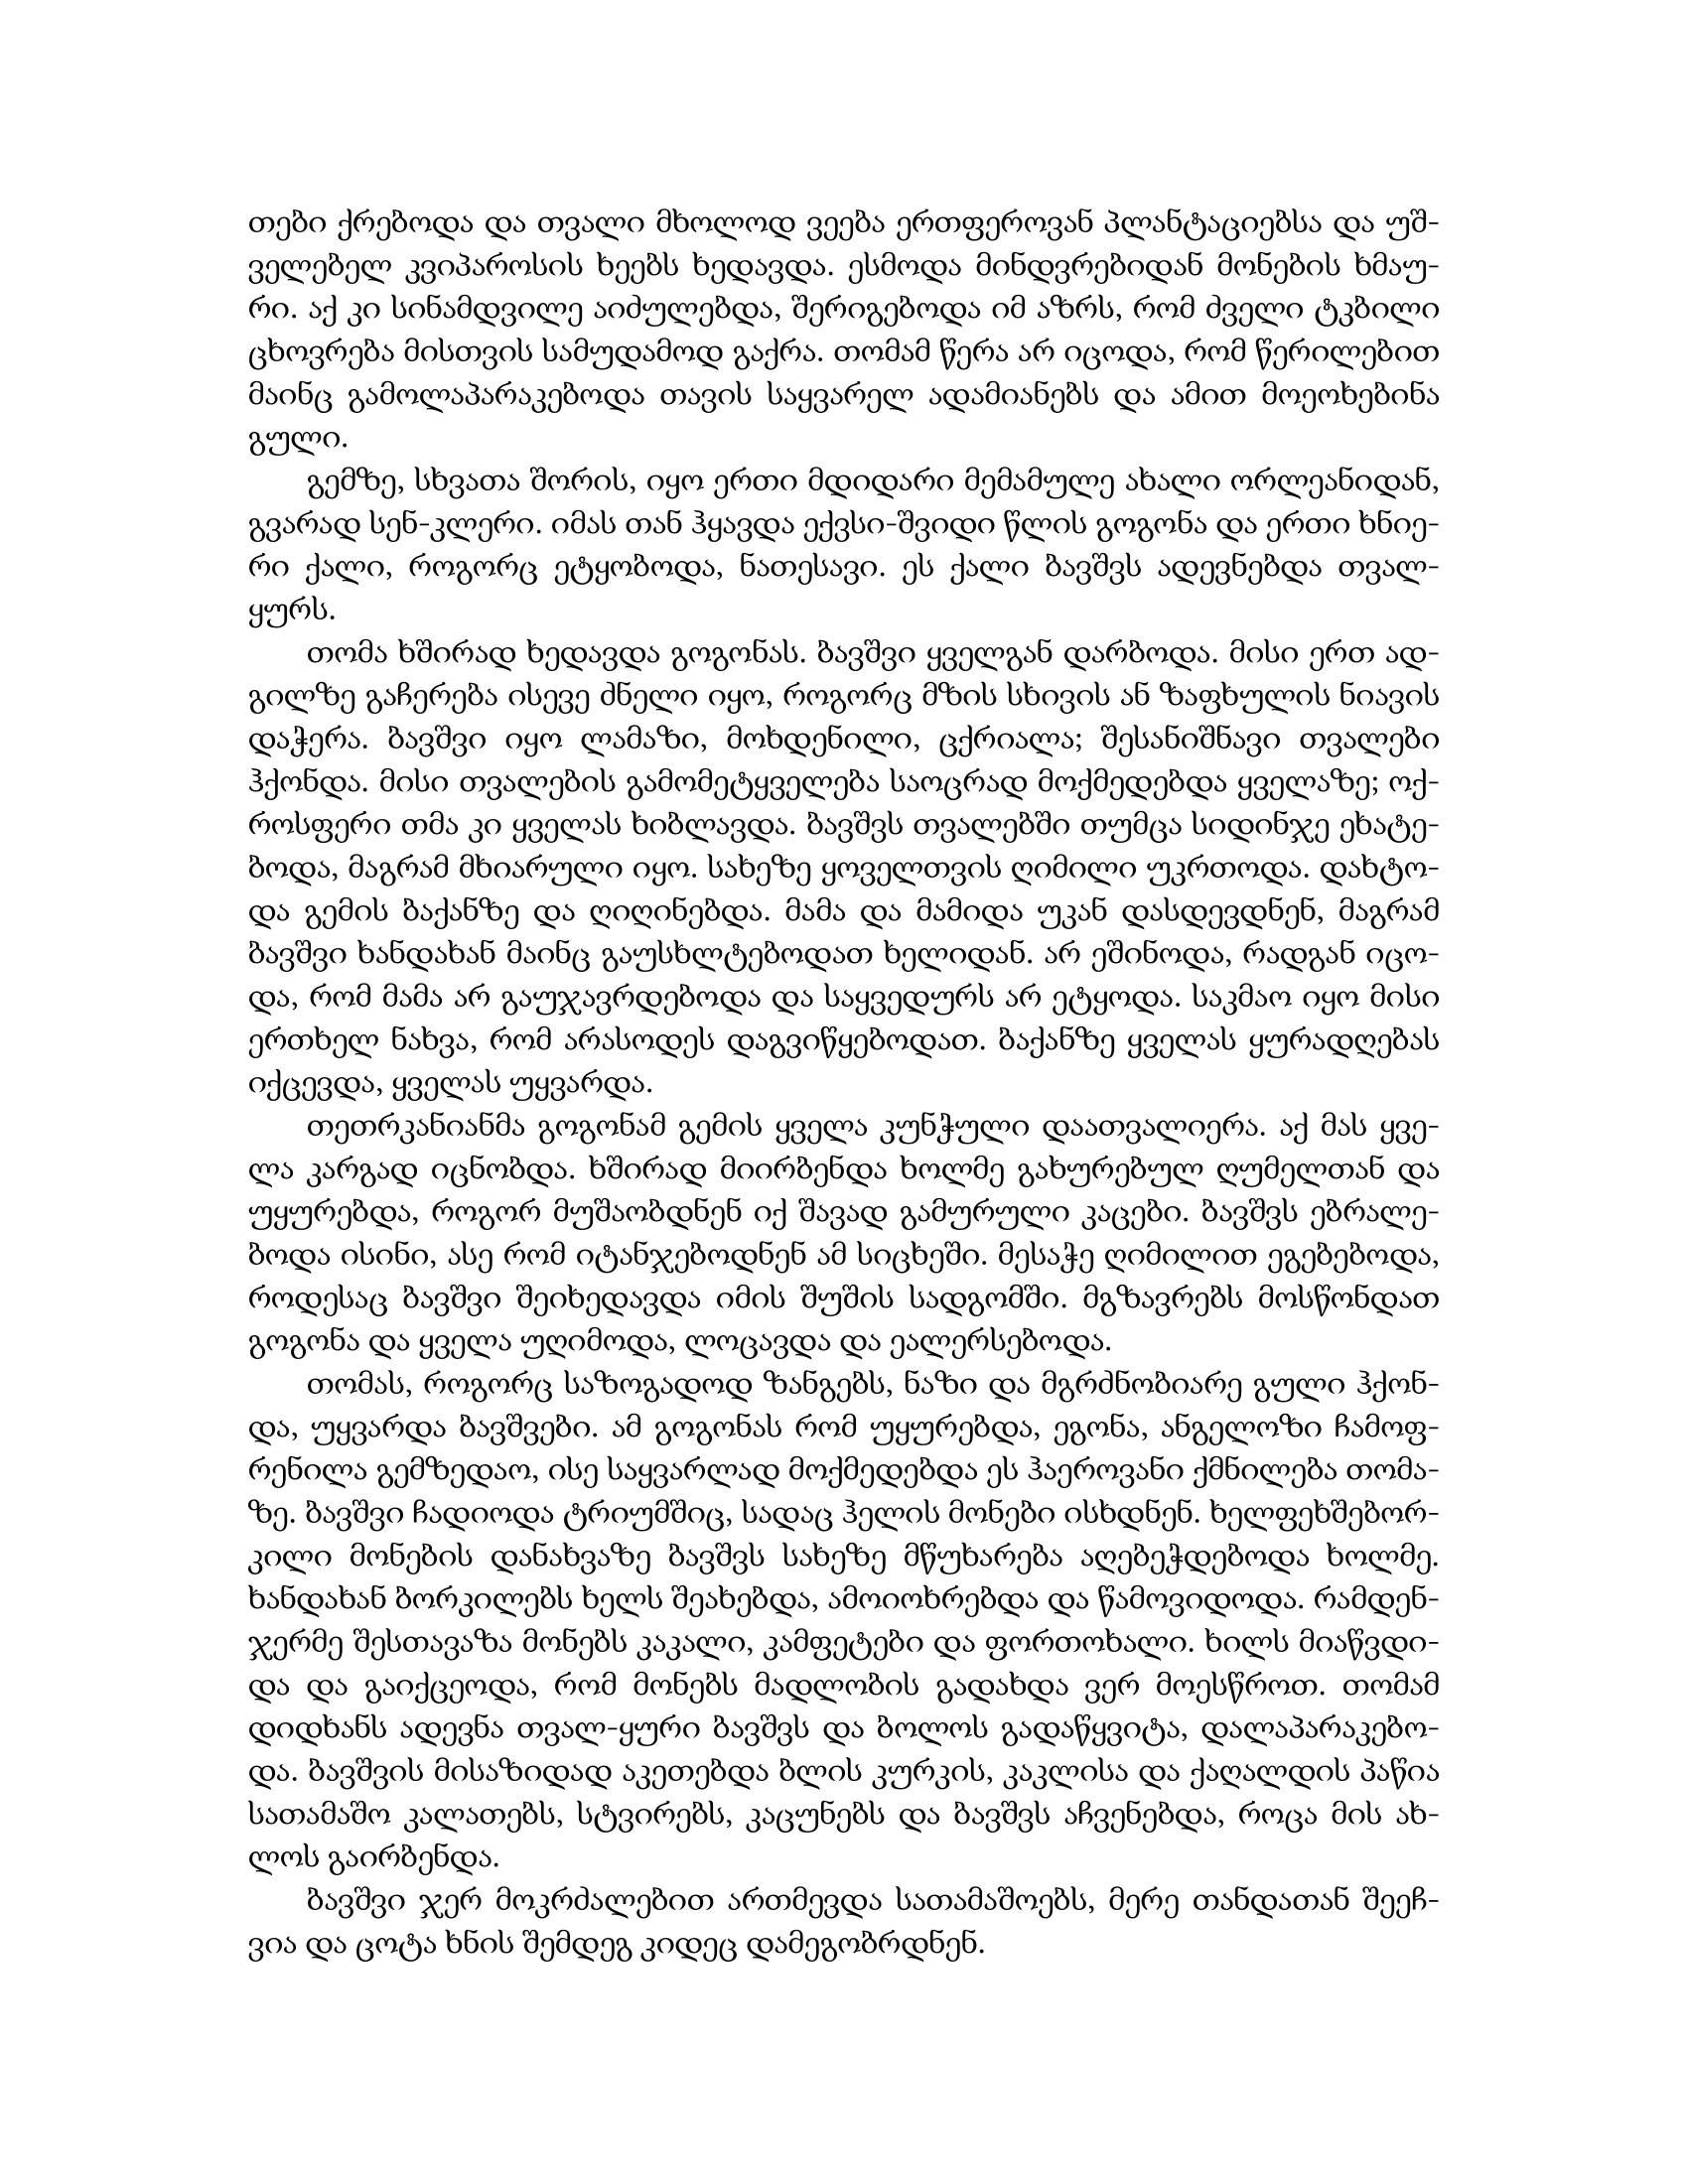
Language: gr